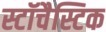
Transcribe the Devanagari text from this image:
स्टॉचैस्टिक